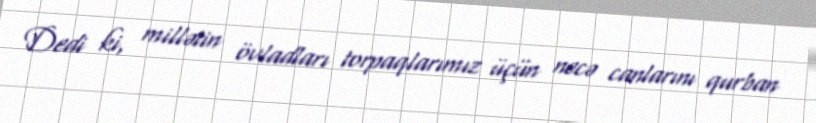
Dedi ki, millətin övladları torpaqlarımız üçün necə canlarını qurban